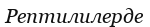
Рептилилерде